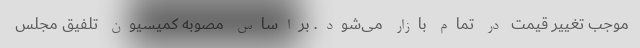
موجب تغییر قیمت در تمام بازار می‌شود. براساس مصوبه کمیسیون تلفیق مجلس